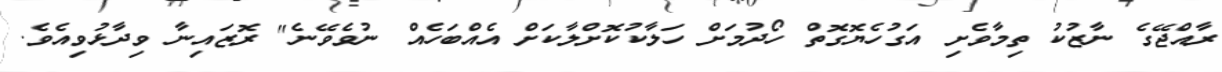
ރާއްޖޭގެ ނާޒުކު ތިމާވެށި އަގުހެޔޮގޮތް ހޯދުމަށް ހަލާކުކޮށްލާކަށް އެއްބަހެއް ނުވެވޭނެ" ރޮޒައިނާ ވިދާޅުވިއެވެ.